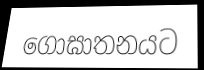
ගොඝාතනයට